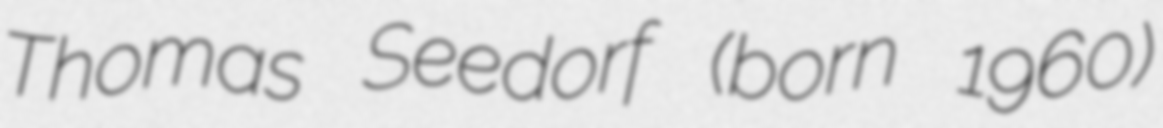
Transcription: Thomas Seedorf (born 1960)